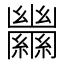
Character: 𦇵